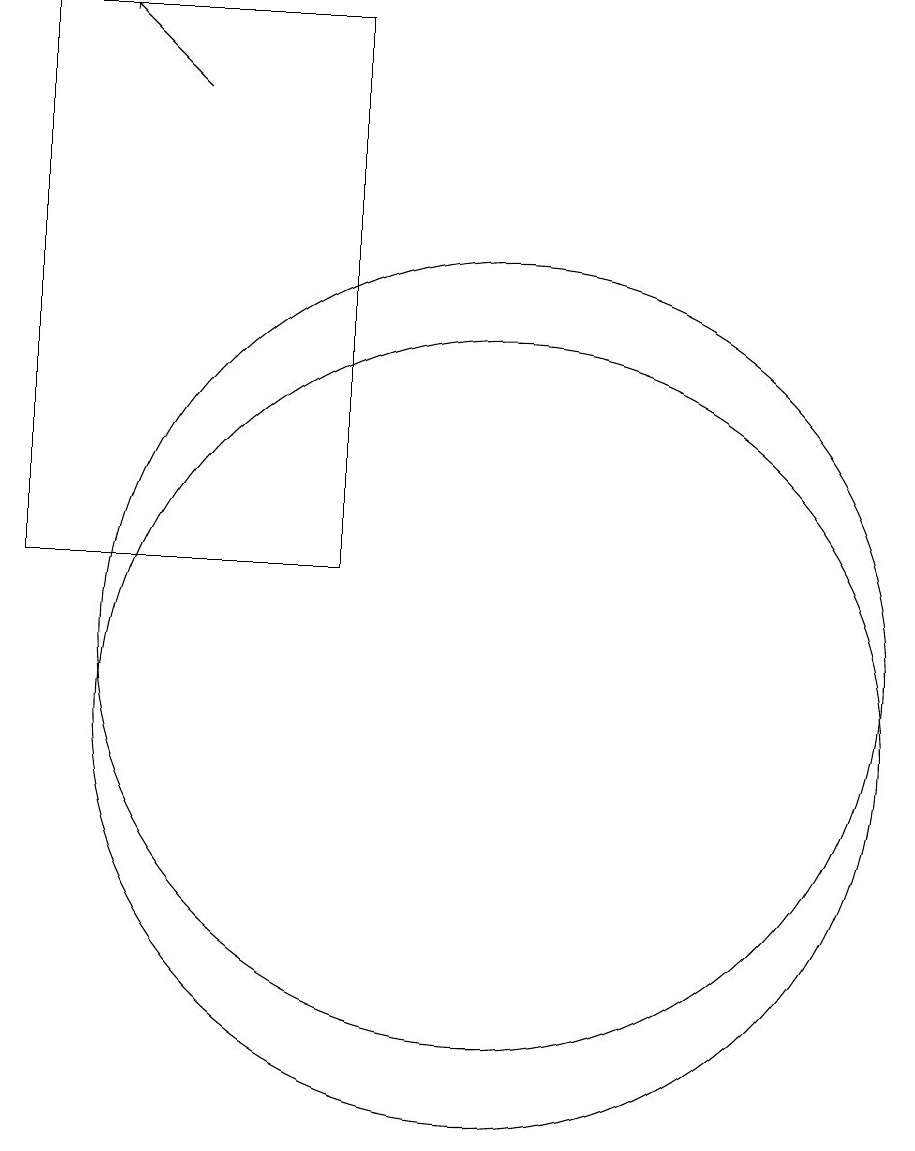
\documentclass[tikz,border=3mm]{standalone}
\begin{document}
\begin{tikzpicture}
\draw (11,11) circle (5);
\draw[->] (7,18) -- (6,19);
\draw (9,19) rectangle (5,12);
\draw (11,10) circle (5);
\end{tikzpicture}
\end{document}